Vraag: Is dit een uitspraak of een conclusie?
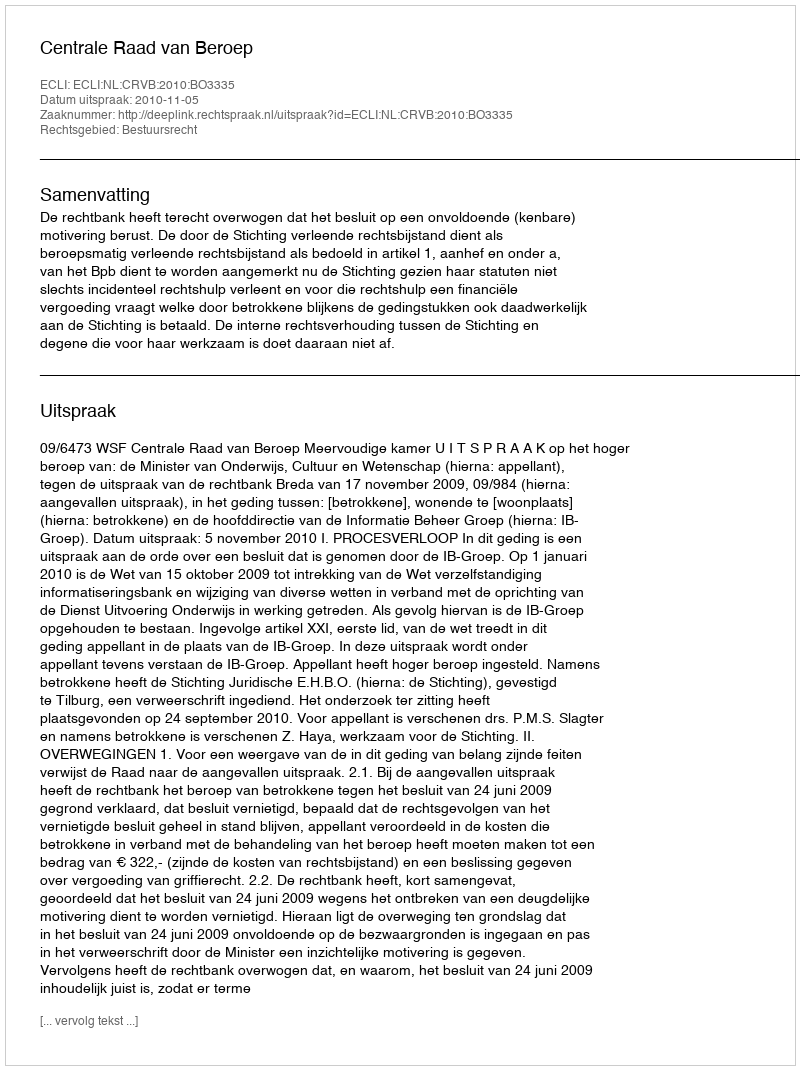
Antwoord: Uitspraak